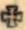
+